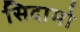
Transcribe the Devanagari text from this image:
सिदामो